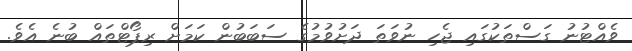
ވެއްޓުނު ގަސްތަކުގައި ޖެހި ނުވަތަ ދަށުވުމުގެ ސަބަބުން ކަމަށް ރިޕޯޓްތައް ބުނެ އެވެ.